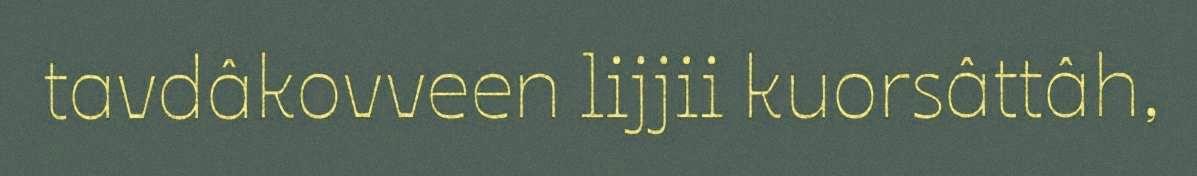
tavdâkovveen lijjii kuorsâttâh,